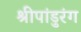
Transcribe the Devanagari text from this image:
श्रीपांडुरंग